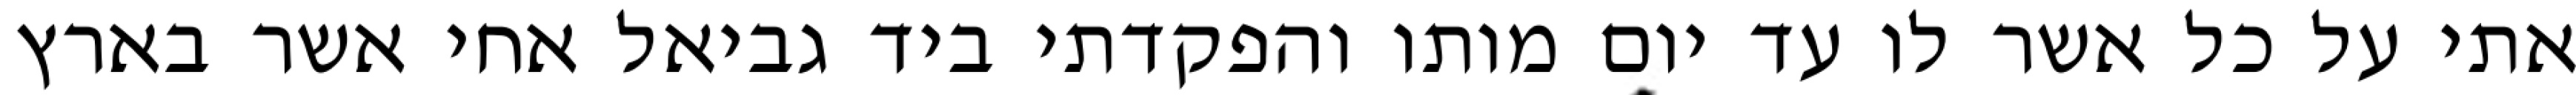
אתי על כל אשר לו עד יום מותו והפקדתי ביד גביאל אחי אשר בארץ